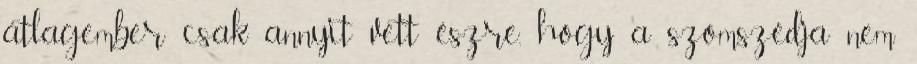
átlagember csak annyit vett észre, hogy a szomszédja nem